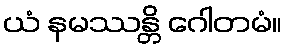
ယံ နမဿန္တိ ဂေါတမံ။